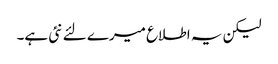
لیکن یہ اطلاع میرے لئے نئی ہے۔